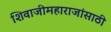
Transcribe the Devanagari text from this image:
शिवाजीमहाराजांसाठी